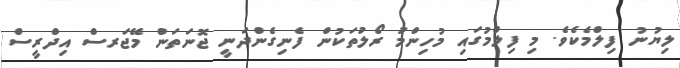
ލިޔުނު ފިލްމެކެވެ. މި ފިލްމުގައި މުހިންމު ރޯލުތަކުން ފެނިގެންދަނީ ޖޮނަތަން މޭޖަރސް އިދްރީސް